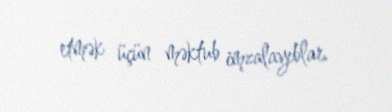
etmək üçün məktub imzalayıblar.